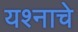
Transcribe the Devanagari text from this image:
यश्नाचे